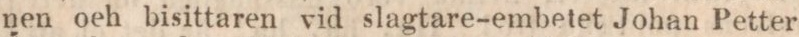
nen oeh bisittaren vid slagtare-embetet Johan Petter